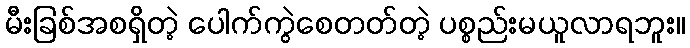
မီးခြစ်အစရှိတဲ့ ပေါက်ကွဲစေတတ်တဲ့ ပစ္စည်းမယူလာရဘူး။